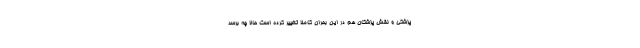
پزشکی و نقش پزشکان هم در این بحران کاملاً تغییر کرده است حالا چه برسد